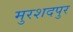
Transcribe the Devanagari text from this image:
मुरशदपुर